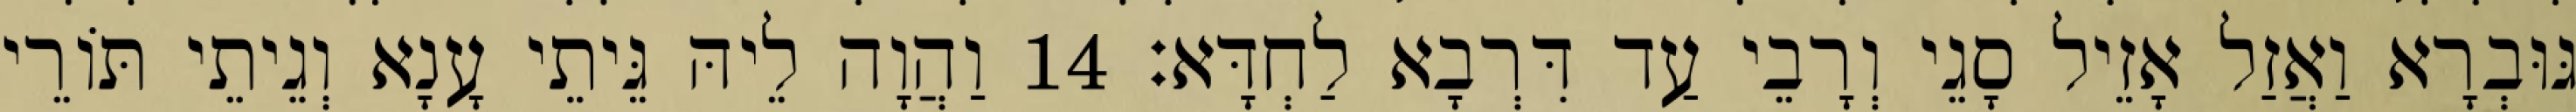
גּוּבְרָא וַאֲזַל אָזֵיל סָגֵי וְרָבֵי עַד דִּרְבָא לַחְדָּא׃ 14 וַהֲוָה לֵיהּ גֵּיתֵי עָנָא וְגֵיתֵי תּוֹרֵי